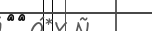
٨٥